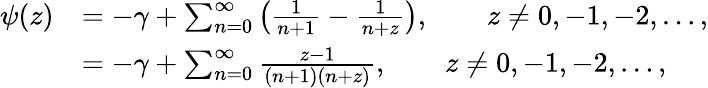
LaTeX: {\begin{array}{rl}{\psi(z)}&{=-\gamma+\sum_{n=0}^{\infty}\left({\frac{1}{n+1}}-{\frac{1}{n+z}}\right),\qquad z\neq 0,-1,-2,\ldots,}\\ &{=-\gamma+\sum_{n=0}^{\infty}{\frac{z-1}{(n+1)(n+z)}},\qquad z\neq 0,-1,-2,\ldots,}\end{array}}